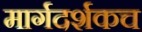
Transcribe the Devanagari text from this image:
मार्गदर्शकच